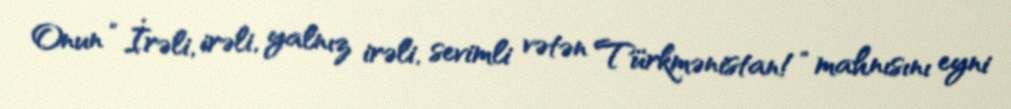
Onun “İrəli, irəli, yalnız irəli, sevimli vətən Türkmənistan!” mahnısını eyni